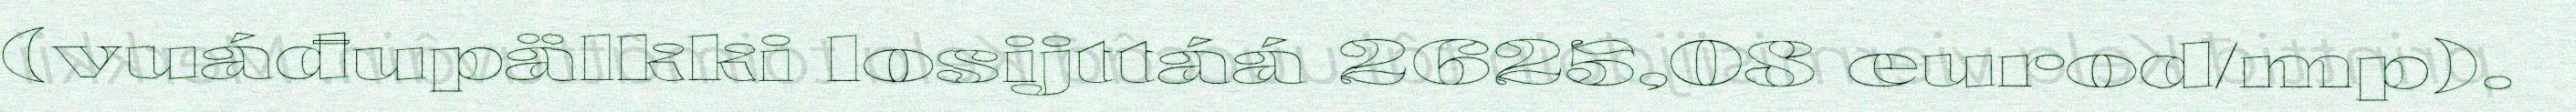
(vuáđupälkki losijttáá 2625,08 eurod/mp).